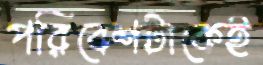
পরিবেশটাকেই